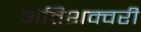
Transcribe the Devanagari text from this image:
अतिशक्वरी